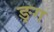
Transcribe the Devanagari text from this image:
ङ्ग